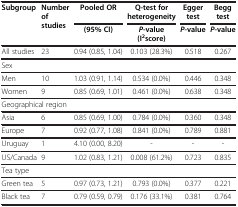
<table><thead><tr><td rowspan="2"><b>Subgroup</b></td><td rowspan="2"><b>Number of studies</b></td><td><b>Pooled OR</b></td><td><b>Q-test for heterogeneity</b></td><td><b>Egger test</b></td><td><b>Begg test</b></td></tr><tr><td><b>(95% CI)</b></td><td><b><i>P</i>-value (I<sup>2</sup>score)</b></td><td><b><i>P</i>-value</b></td><td><b><i>P</i>-value</b></td></tr></thead><tbody><tr><td>All studies</td><td>23</td><td>0.94 (0.85, 1.04)</td><td>0.103 (28.3%)</td><td>0.518</td><td>0.267</td></tr><tr><td colspan="6">Sex</td></tr><tr><td>Men</td><td>10</td><td>1.03 (0.91, 1.14)</td><td>0.534 (0.0%)</td><td>0.446</td><td>0.348</td></tr><tr><td>Women</td><td>9</td><td>0.85 (0.69, 1.01)</td><td>0.461 (0.0%)</td><td>0.638</td><td>0.348</td></tr><tr><td colspan="6">Geographical region</td></tr><tr><td>Asia</td><td>6</td><td>0.85 (0.69, 1.00)</td><td>0.784 (0.0%)</td><td>0.360</td><td>0.348</td></tr><tr><td>Europe</td><td>7</td><td>0.92 (0.77, 1.08)</td><td>0.841 (0.0%)</td><td>0.789</td><td>0.881</td></tr><tr><td>Uruguay</td><td>1</td><td>4.10 (0.00, 8.20)</td><td>-</td><td>-</td><td>-</td></tr><tr><td>US/Canada</td><td>9</td><td>1.02 (0.83, 1.21)</td><td>0.008 (61.2%)</td><td>0.723</td><td>0.835</td></tr><tr><td colspan="6">Tea type</td></tr><tr><td>Green tea</td><td>5</td><td>0.97 (0.73, 1.21)</td><td>0.793 (0.0%)</td><td>0.377</td><td>0.221</td></tr><tr><td>Black tea</td><td>7</td><td>0.79 (0.59, 0.79)</td><td>0.176 (33.1%)</td><td>0.381</td><td>0.764</td></tr></tbody></table>